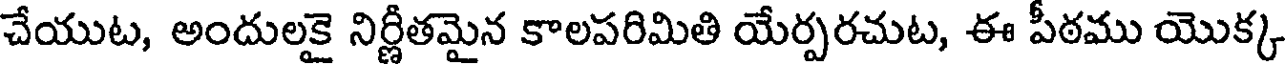
చేయుట, అందులకై నిర్ణీతమైన కాలపరిమితి యేర్పరచుట, ఈ పీఠము యొక్క